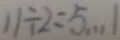
1 1 \div 2 = 5 \cdots 1